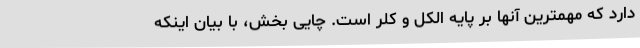
دارد که مهمترین آنها بر پایه الکل و کلر است. چایی بخش، با بیان اینکه